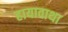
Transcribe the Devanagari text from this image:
हायावाथा